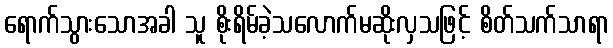
ရောက်သွားသောအခါ သူ စိုးရိမ်ခဲ့သလောက်မဆိုးလှသဖြင့် စိတ်သက်သာရာ